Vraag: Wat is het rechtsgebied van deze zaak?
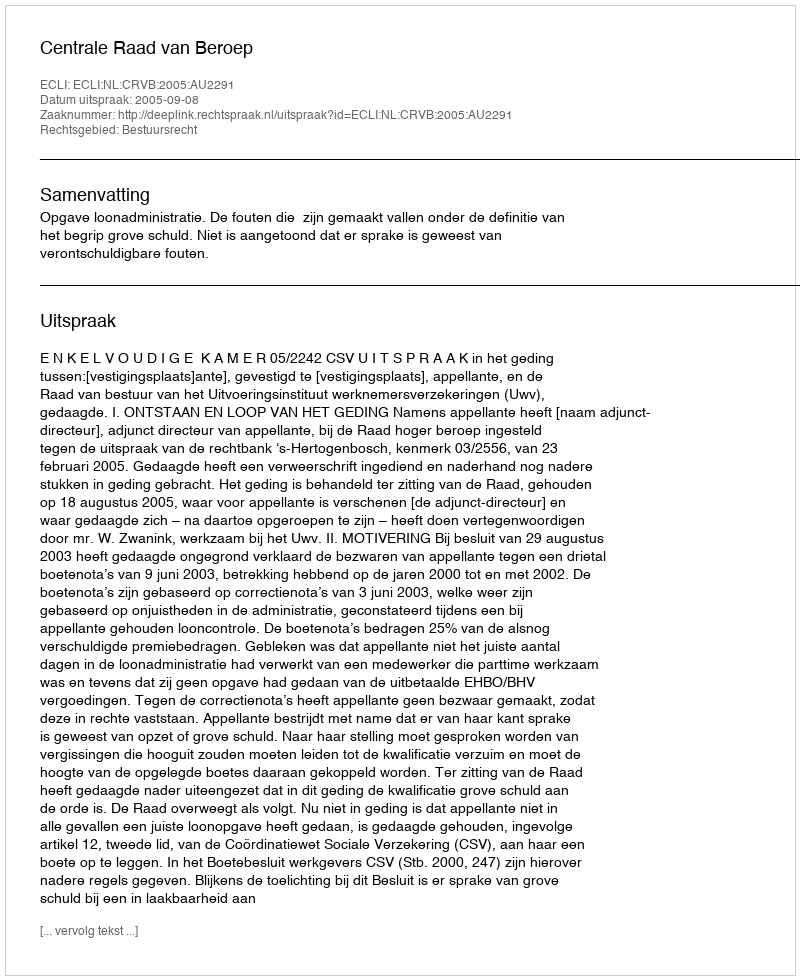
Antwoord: Bestuursrecht